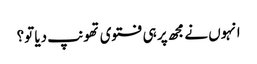
انہوں نے مجھ پر ہی فتوی تھونپ دیا تو؟